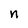
Character: n